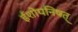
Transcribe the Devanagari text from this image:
ईशोपनिषत्